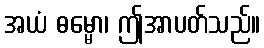
အယံ ဓမ္မော၊ ဤအာပတ်သည်။